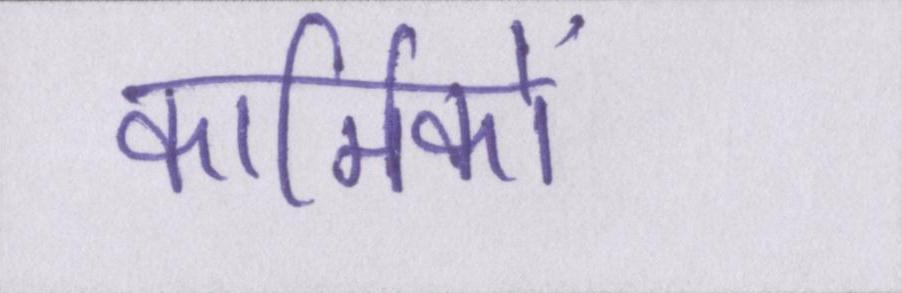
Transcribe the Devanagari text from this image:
कार्मिकों